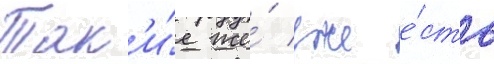
Так'и́е же́ уже е́сть